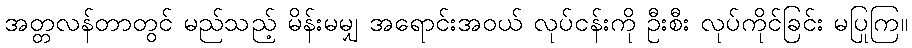
အတ္တလန်တာတွင် မည်သည့် မိန်းမမျှ အရောင်းအဝယ် လုပ်ငန်းကို ဦးစီး လုပ်ကိုင်ခြင်း မပြုကြ။